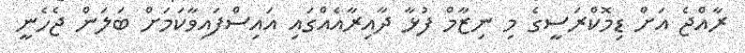
ރާއްޖެ އަށް ޑިމޮކްރަސީގެ މި ނިޒާމް ފުޅާ ދާއިރާއެއްގައި އައިސްފައިވާކަމަށް ބަލަން ޖެހެނީ